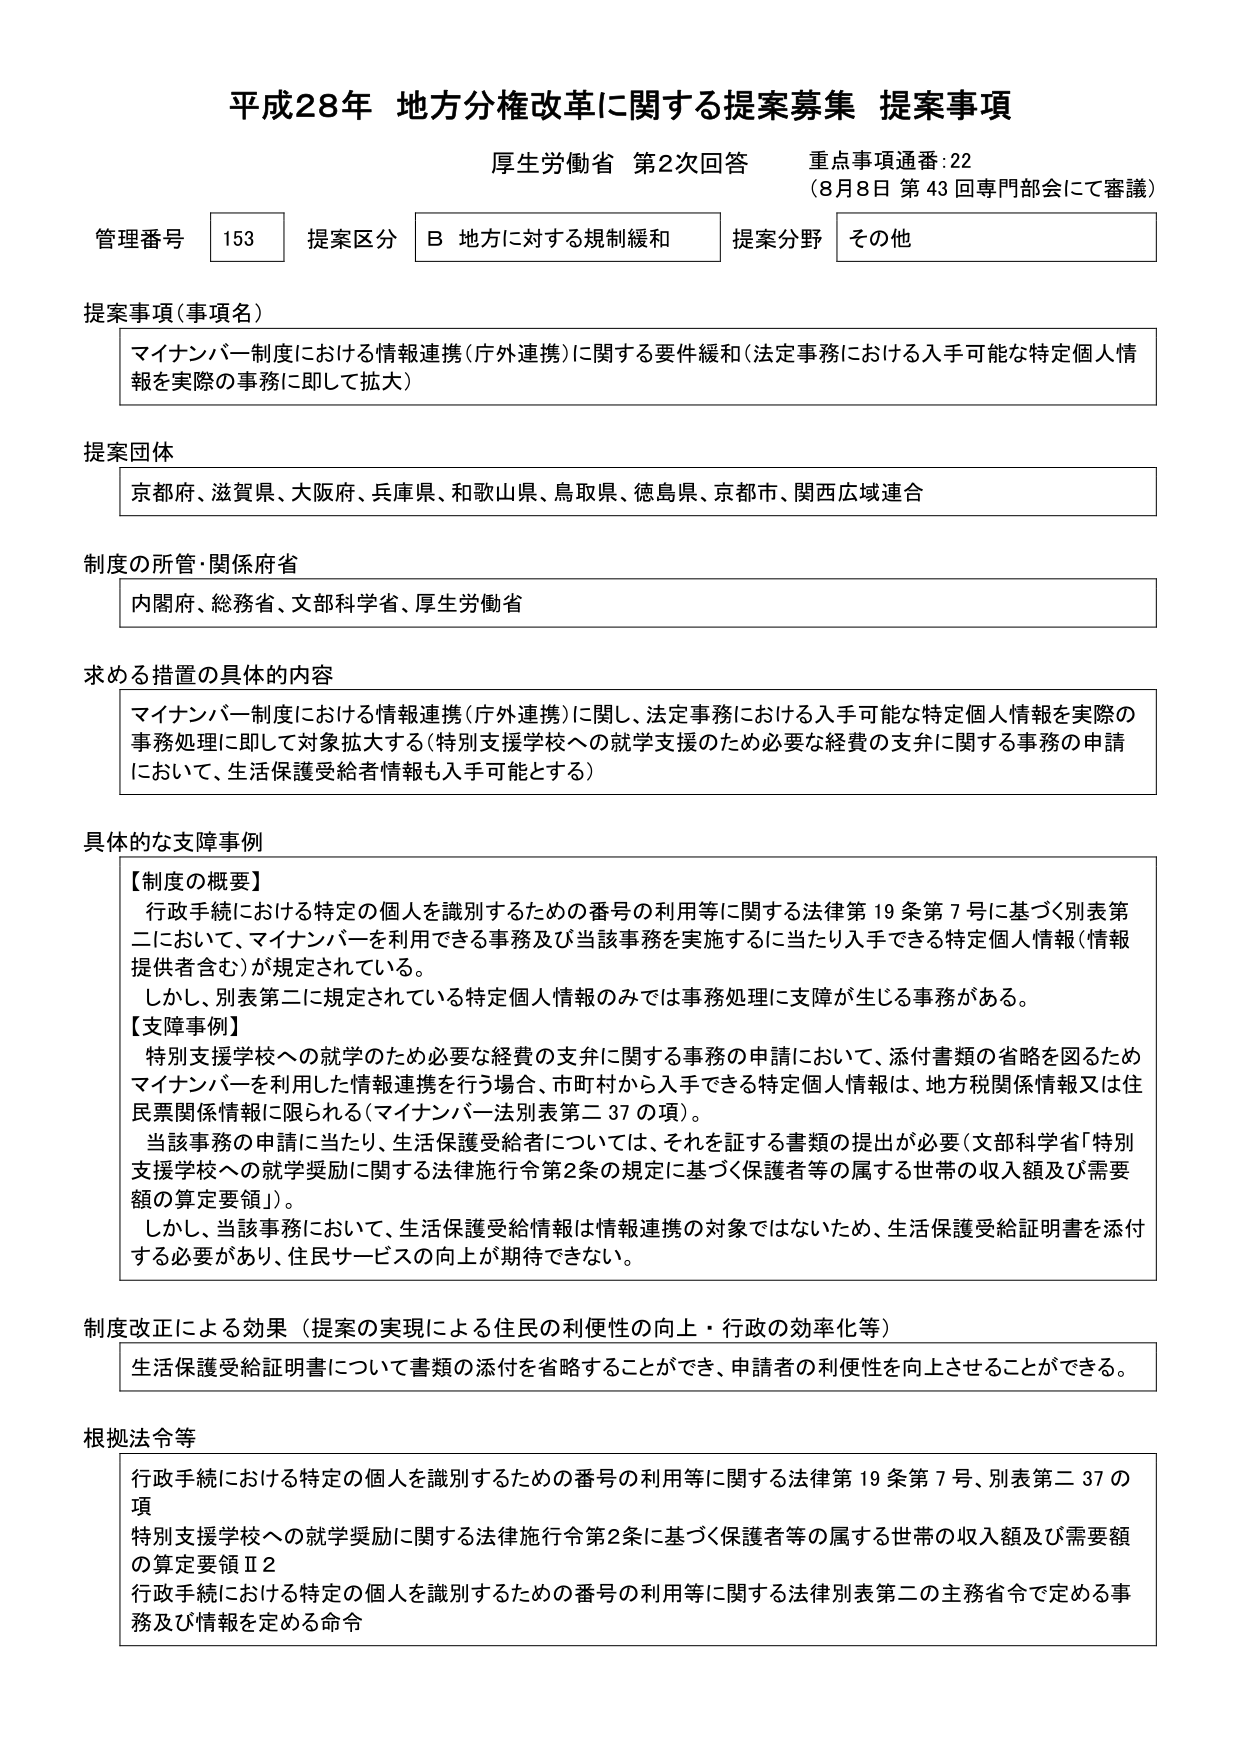
平成28年 地方分権改革に関する提案募集 提案事項
厚生労働省 第2次回答 重点事項通番:22
（8月8日 第43回専門部会にて審議）

管理番号 153 提案区分 B 地方に対する規制緩和 提案分野 その他

提案事項（事項名）
マイナンバー制度における情報連携（庁外連携）に関する要件緩和（法定事務における入手可能な特定個人情報を実際の事務に即して拡大）

提案団体
京都府、滋賀県、大阪府、兵庫県、和歌山県、鳥取県、徳島県、京都市、関西広域連合

制度の所管・関係府省
内閣府、総務省、文部科学省、厚生労働省

求める措置の具体的内容
マイナンバー制度における情報連携（庁外連携）に関し、法定事務における入手可能な特定個人情報を実際の事務処理に即して対象拡大する（特別支援学校への就学支援のため必要な経費の支弁に関する事務の申請において、生活保護受給者情報も入手可能とする）

具体的な支障事例
【制度の概要】
行政手続における特定の個人を識別するための番号の利用等に関する法律第19条第7号に基づく別表第二において、マイナンバーを利用できる事務及び当該事務を実施するに当たり入手できる特定個人情報（情報提供者含む）が規定されている。
しかし、別表第二に規定されている特定個人情報のみでは事務処理に支障が生じる事務がある。
【支障事例】
特別支援学校への就学のため必要な経費の支弁に関する事務の申請において、添付書類の省略を図るためマイナンバーを利用した情報連携を行う場合、市町村から入手できる特定個人情報は、地方税関係情報又は住民票関係情報に限られる（マイナンバー法別表第二37の項）。
当該事務の申請に当たり、生活保護受給者については、それを証する書類の提出が必要（文部科学省「特別支援学校への就学奨励に関する法律施行令第2条の規定に基づく保護者等の属する世帯の収入額及び需要額の算定要領」）。
しかし、当該事務において、生活保護受給情報は情報連携の対象ではないため、生活保護受給証明書を添付する必要があり、住民サービスの向上が期待できない。

制度改正による効果（提案の実現による住民の利便性の向上・行政の効率化等）
生活保護受給証明書について書類の添付を省略することができ、申請者の利便性を向上させることができる。

根拠法令等
行政手続における特定の個人を識別するための番号の利用等に関する法律第19条第7号、別表第二37の項
特別支援学校への就学奨励に関する法律施行令第2条に基づく保護者等の属する世帯の収入額及び需要額の算定要領Ⅱ2
行政手続における特定の個人を識別するための番号の利用等に関する法律別表第二の主務省令で定める事務及び情報を定める命令